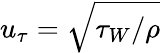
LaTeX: u_{\tau}=\sqrt{\tau_{W}/\rho}